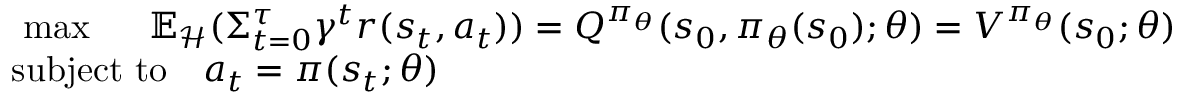
\begin{array} { r l } & { \mathrm { ~ \operatorname* { m a x } _ { \theta } ~ } \quad \mathbb { E } _ { \mathcal { H } } ( \Sigma _ { t = 0 } ^ { \tau } \gamma ^ { t } r ( s _ { t } , a _ { t } ) ) = Q ^ { \pi _ { \theta } } ( s _ { 0 } , \pi _ { \theta } ( s _ { 0 } ) ; \theta ) = V ^ { \pi _ { \theta } } ( s _ { 0 } ; \theta ) } \\ & { \mathrm { s u b j e c t ~ t o } \quad a _ { t } = \pi ( s _ { t } ; \theta ) } \end{array}